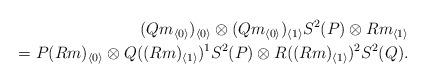
LaTeX: \begin{align*} (Qm_{\langle 0\rangle})_{\langle 0\rangle} \otimes (Qm_{\langle 0\rangle})_{\langle 1\rangle} S^2(P) \otimes R m_{\langle 1\rangle}\\ \qquad{} = P(Rm)_{\langle 0\rangle} \otimes Q((Rm)_{\langle 1\rangle})^1S^2(P) \otimes R((Rm)_{\langle 1\rangle})^2 S^2(Q). \end{align*}